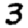
Digit: 3